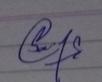
Signature authenticity: genuine